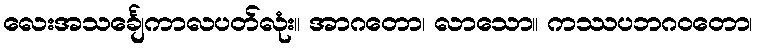
လေးအသင်္ချေကာလပတ်လုံး။ အာဂတော၊ လာသော။ ကဿပဘဂဝတော၊